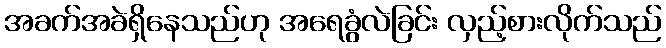
အခက်အခဲရှိနေသည်ဟု အရေခွံလဲခြင်း လှည့်စားလိုက်သည်